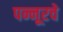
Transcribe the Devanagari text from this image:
पन्नूरचे